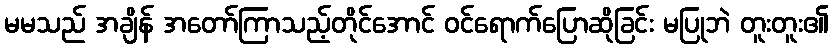
မမသည် အချိန် အတော်ကြာသည့်တိုင်အောင် ဝင်ရောက်ပြောဆိုခြင်း မပြုဘဲ တူးတူး၏